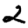
Digit: 2